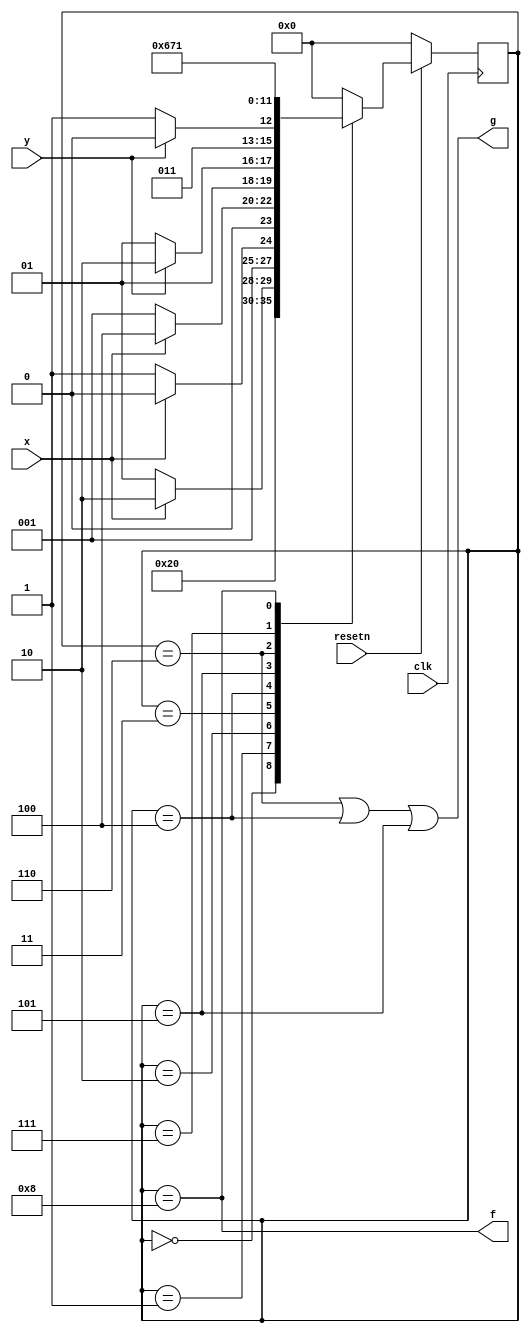
module top_module (
    input clk,
    input resetn,    // active-low synchronous reset
    input x,
    input y,
    output f,
    output g
); 
    parameter A=0, B=1, C=2, D=3, E=4, F=5;
    parameter G1=6, G0=7, FO=8;
    
    reg [3:0] state, next_state;
    
    always @(posedge clk) begin
        if(~resetn)
            state <= A;
        else
            state <= next_state;
    end
    
    always @(*) begin
        case(state)
            A: next_state = FO;
            B: next_state = x ? C : B;
            C: next_state = x ? C : D;
            D: next_state = x ? E : B;
            E: next_state = y ? G1 : F;
            F: next_state = y ? G1 : G0;
            G1: next_state = G1;
            G0: next_state = G0;
            FO: next_state = B;
            default: next_state = A;
        endcase
    end
    
    assign f = (state == FO);
    assign g = (state == G1) | (state == E) | (state == F);

endmodule